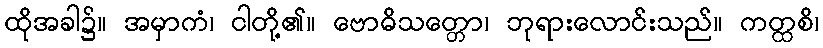
ထိုအခါ၌။ အမှာကံ၊ ငါတို့၏။ ဗောဓိသတ္တော၊ ဘုရားလောင်းသည်။ ကတ္ထစိ၊